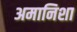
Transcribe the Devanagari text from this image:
अमानिशा